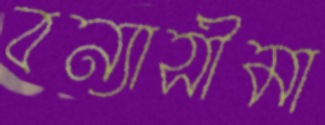
বন্যাসীমা